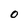
Character: 0